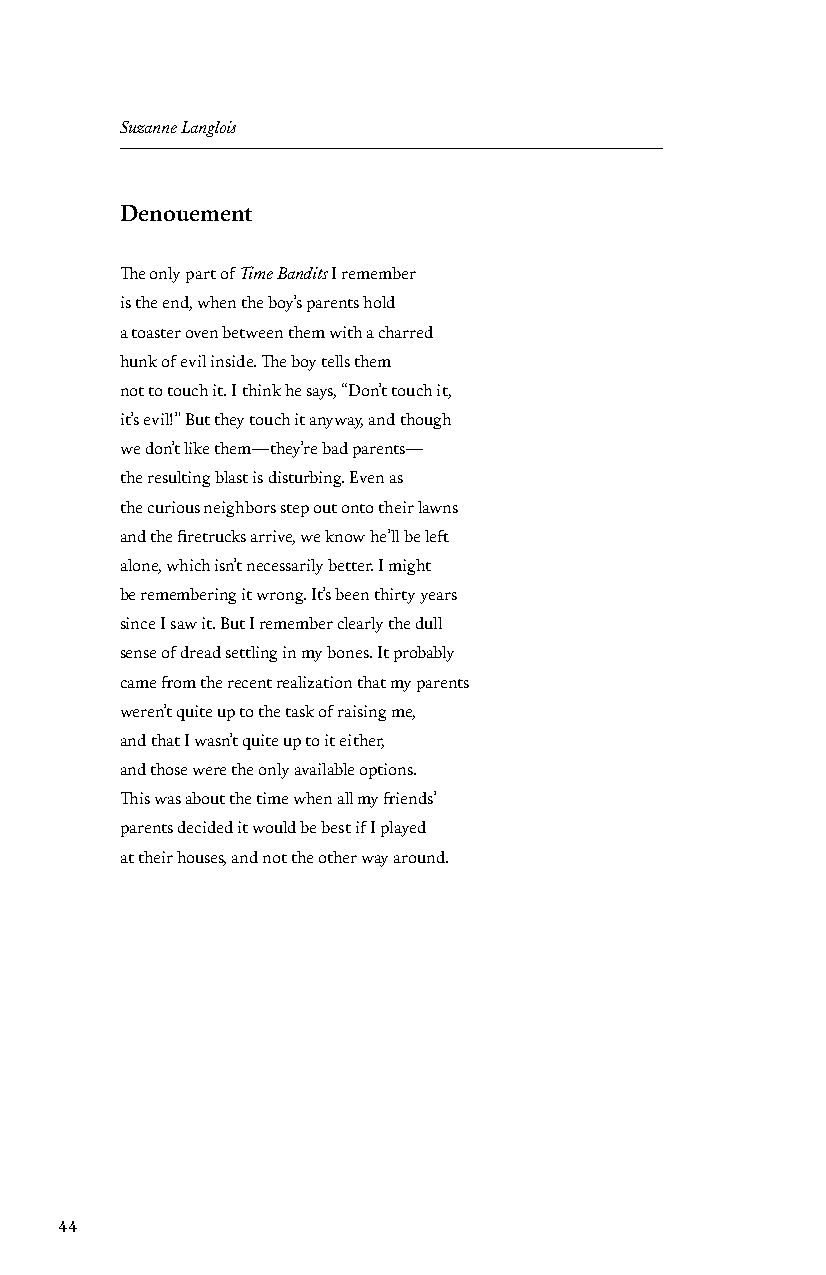
Suzanne Langlois
 Denouement
 The only part of Time Bandits I remember
 is the end, when the boy’s parents hold
 a toaster oven between them with a charred
 hunk of evil inside. The boy tells them
 not to touch it. I think he says, “Don’t touch it,
 it’s evil!” But they touch it anyway, and though
 we don’t like them—they’re bad parents—
 the resulting blast is disturbing. Even as
 the curious neighbors step out onto their lawns
 and the firetrucks arrive, we know he’ll be left
 alone, which isn’t necessarily better. I might
 be remembering it wrong. It’s been thirty years
 since I saw it. But I remember clearly the dull
 sense of dread settling in my bones. It probably
 came from the recent realization that my parents
 weren’t quite up to the task of raising me,
 and that I wasn’t quite up to it either,
 and those were the only available options.
 This was about the time when all my friends’
 parents decided it would be best if I played
 at their houses, and not the other way around.
 44